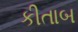
કીતાબ